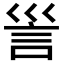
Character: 𧥥